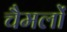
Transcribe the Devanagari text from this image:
चैमलों